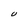
Character: U